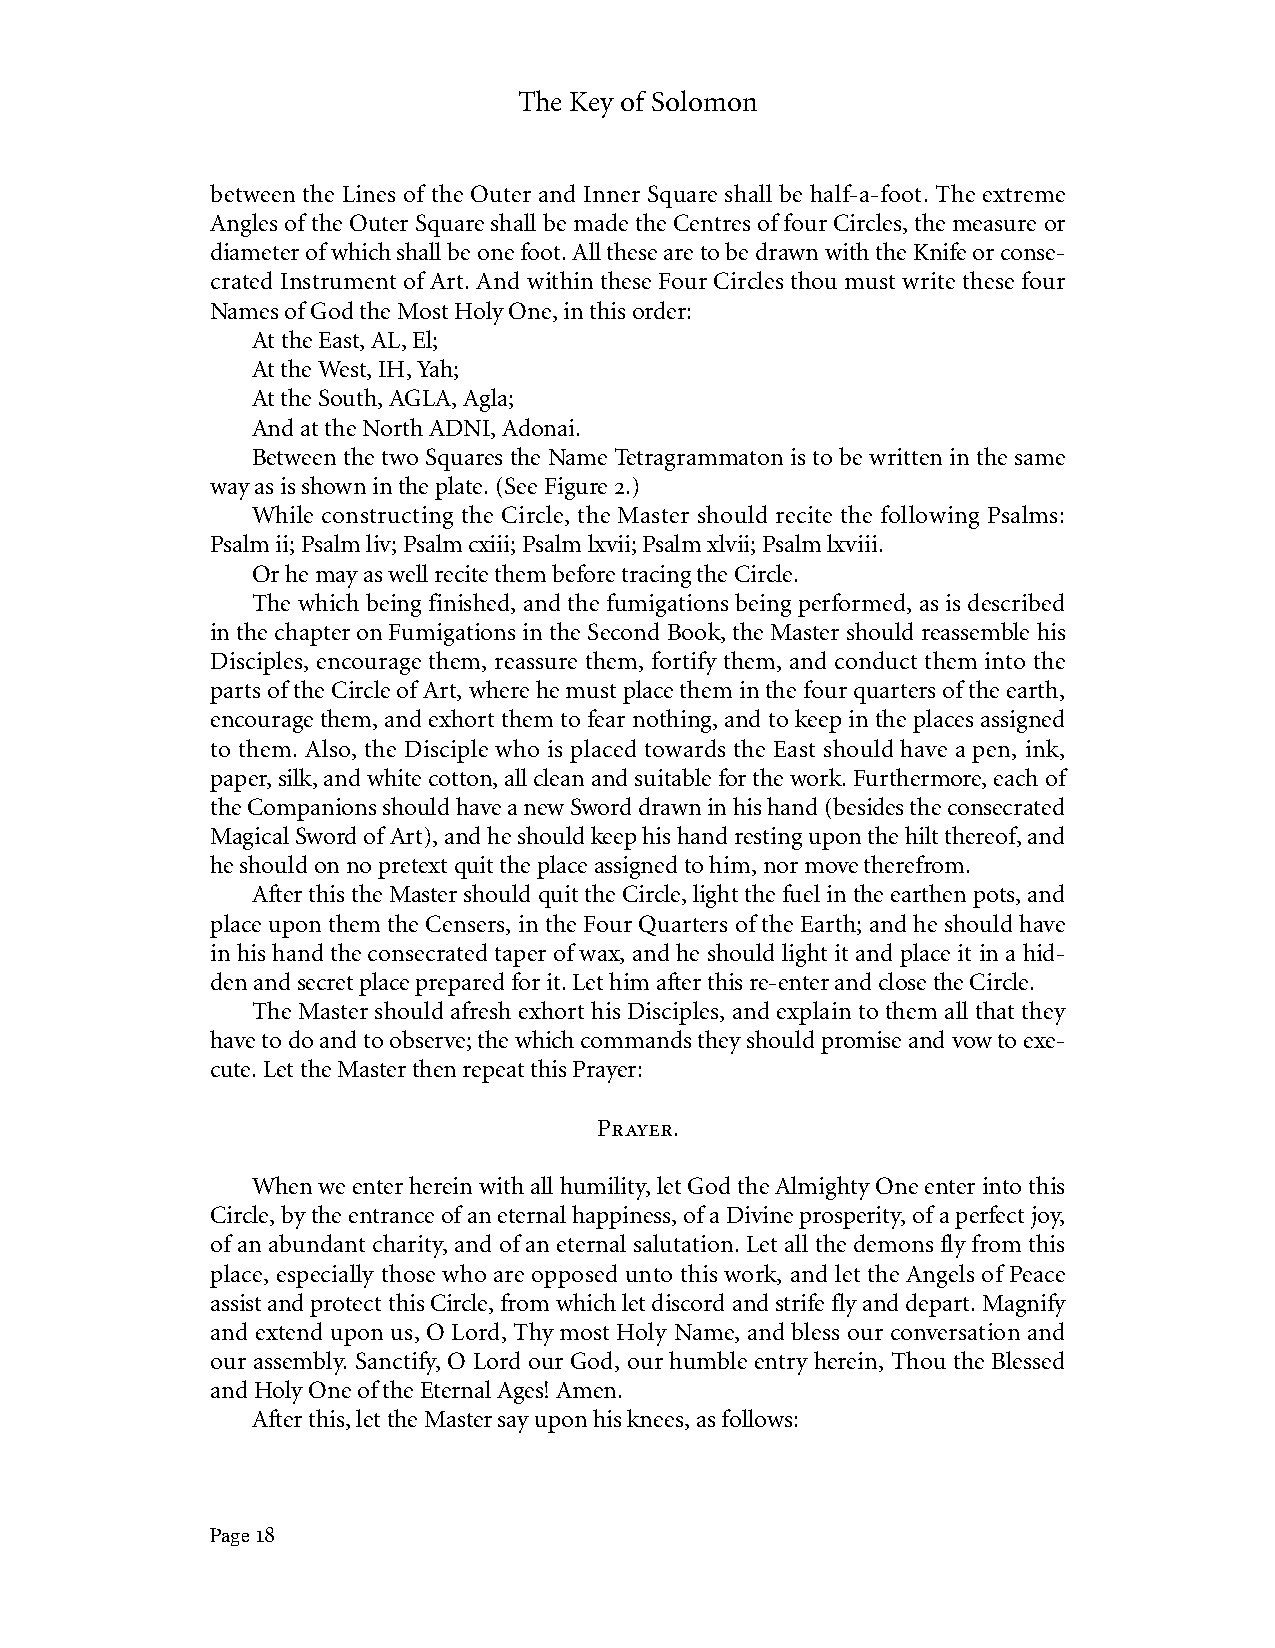
The Key of Solomon
 between the Lines of the Outer and Inner Square shall be half-a-foot. The extreme
 Angles of the Outer Square shall be made the Centres of four Circles, the measure or
 diameter of which shall be one foot. All these are to be drawn with the Knife or conse-
 crated Instrument of Art. And within these Four Circles thou must write these four
 Names of God the Most Holy One, in this order:
 At the East, AL, El;
 At the West, IH, Yah;
 At the South, AGLA, Agla;
 And at the North ADNI, Adonai.
 Between the two Squares the Name Tetragrammaton is to be written in the same
 way as is shown in the plate. (See Figure 2.)
 While constructing the Circle, the Master should recite the following Psalms:
 Psalm ii; Psalm liv; Psalm cxiii; Psalm lxvii; Psalm xlvii; Psalm lxviii.
 Or he may as well recite them before tracing the Circle.
 The which being finished, and the fumigations being performed, as is described
 in the chapter on Fumigations in the Second Book, the Master should reassemble his
 Disciples, encourage them, reassure them, fortify them, and conduct them into the
 parts of the Circle of Art, where he must place them in the four quarters of the earth,
 encourage them, and exhort them to fear nothing, and to keep in the places assigned
 to them. Also, the Disciple who is placed towards the East should have a pen, ink,
 paper, silk, and white cotton, all clean and suitable for the work. Furthermore, each of
 the Companions should have a new Sword drawn in his hand (besides the consecrated
 Magical Sword of Art), and he should keep his hand resting upon the hilt thereof, and
 he should on no pretext quit the place assigned to him, nor move therefrom.
 After this the Master should quit the Circle, light the fuel in the earthen pots, and
 place upon them the Censers, in the Four Quarters of the Earth; and he should have
 in his hand the consecrated taper of wax, and he should light it and place it in a hid-
 den and secret place prepared for it. Let him after this re-enter and close the Circle.
 The Master should afresh exhort his Disciples, and explain to them all that they
 have to do and to observe; the which commands they should promise and vow to exe-
 cute. Let the Master then repeat this Prayer:
 Prayer.
 When we enter herein with all humility, let God the Almighty One enter into this
 Circle, by the entrance of an eternal happiness, of a Divine prosperity, of a perfect joy,
 of an abundant charity, and of an eternal salutation. Let all the demons fly from this
 place, especially those who are opposed unto this work, and let the Angels of Peace
 assist and protect this Circle, from which let discord and strife fly and depart. Magnify
 and extend upon us, O Lord, Thy most Holy Name, and bless our conversation and
 our assembly. Sanctify, O Lord our God, our humble entry herein, Thou the Blessed
 and Holy One of the Eternal Ages! Amen.
 After this, let the Master say upon his knees, as follows:
 Page 18